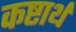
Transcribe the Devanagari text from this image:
कष्टार्थ